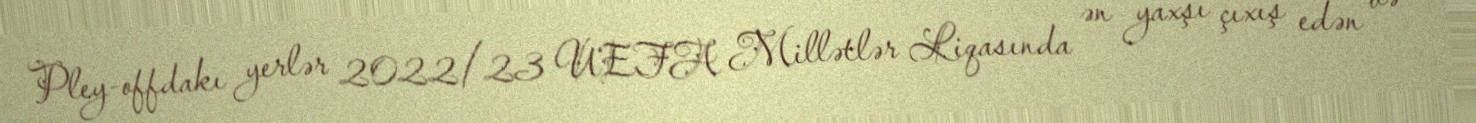
Pley-offdakı yerlər 2022/23 UEFA Millətlər Liqasında ən yaxşı çıxış edən və